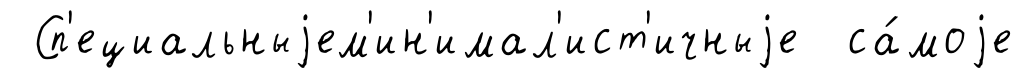
Сп'ециальныjем'ин'имал'ист'ичныjе са́моjе